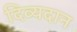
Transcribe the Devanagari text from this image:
दिव्यदान